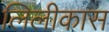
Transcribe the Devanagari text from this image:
लिलीकास